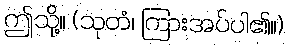
ဤသို့။ (သုတံ၊ ကြားအပ်ပါ၏။)